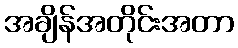
အချိန်အတိုင်းအတာ